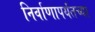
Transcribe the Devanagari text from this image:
निर्वाणापर्यंतच्या